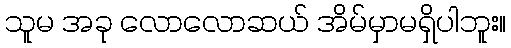
သူမ အခု လောလောဆယ် အိမ်မှာမရှိပါဘူး။